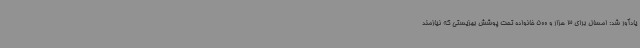
یادآور شد: امسال برای 3 هزار و 500 خانواده تحت پوشش بهزیستی که نیازمند